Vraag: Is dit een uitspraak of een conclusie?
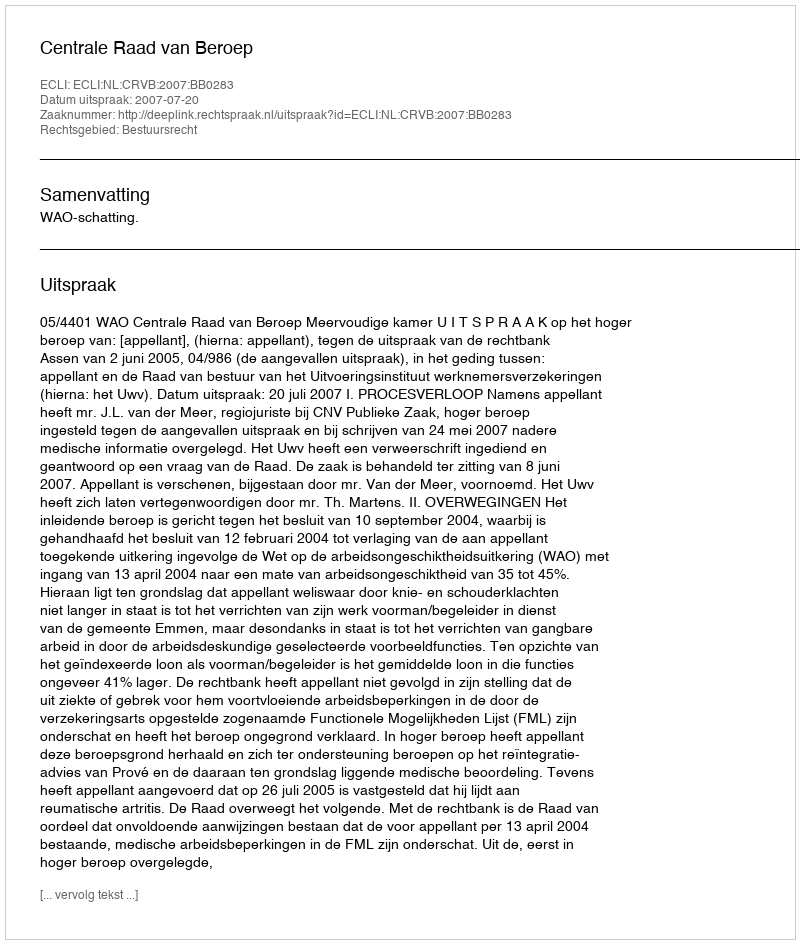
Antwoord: Uitspraak